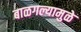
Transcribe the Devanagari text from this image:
बाळगल्यामुळे